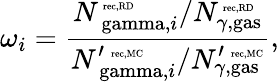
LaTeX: \omega_{i}=\frac{{N_{\mathrm{\ gamma},i}^{\mathrm{\tiny~rec,RD}}}/{N_{\gamma,\mathrm{gas}}^{\mathrm{\tiny~rec,RD}}}}{{N_{\mathrm{\ gamma},i}^{\prime\, \mathrm{\tiny~rec,MC}}}/{N_{\gamma,\mathrm{gas}}^{\prime\, \mathrm{\tiny~rec,MC}}}},